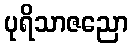
ပုရိသာဇညော